Annual report of the Punjab Veterinary College and of the Civil Veterinary Department, Punjab - 1920-1925
Year: 1920
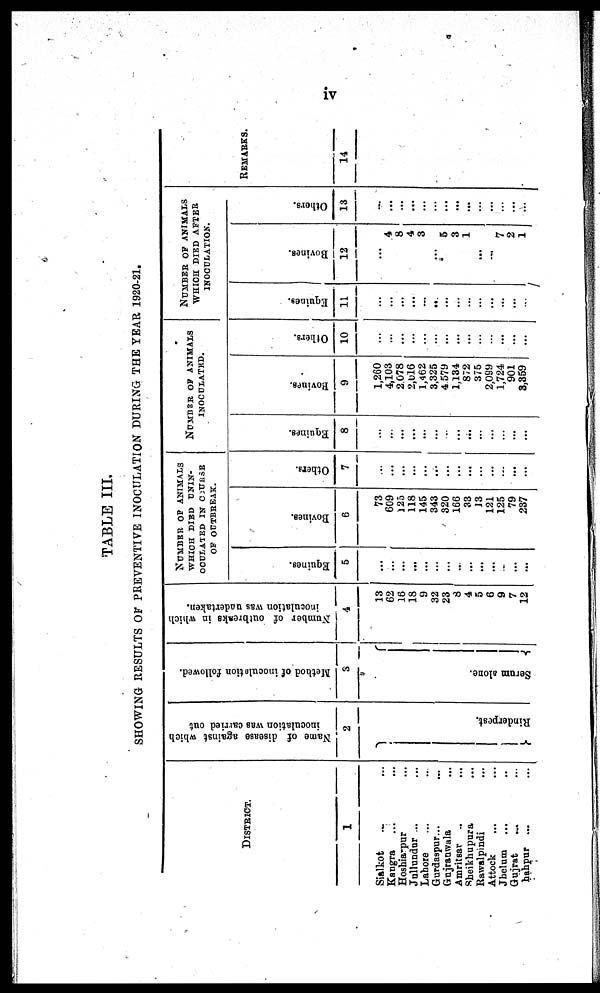
iv
TABLE III.
SHOWING RESULTS O F PREVENTIVE INOCULATION DURING T H E YEAR 1920-21.
DISTRICT.
1
Sialkot ... ...
Kangra ... ...
Hoshi arpur ... ...
Jul l undur ... ...
Lahore ... ...
Gurdaspur. . . ...
Gujranwal a ... ...
Amri tsar ... ...
Shei khupura ... ...
Rawal pi ndi
Attock ... ...
Jhel um ... ...
Gujrat ... ...
hahpur ...
...
Name of disease against which
inoculation was carried out
2
Rinderpest.
Method of inoculation followed.
3
Serum alone.
Number of outbreaks in which
inoculation was undertaken.
4
13
62
16
18
9
32
23
8
4
5
6
9
7
12
NUMBER OF ANI MALS
WHI CH DI ED UNIN-
OCULATED I N COURSE
O F OUTBREAK.
Equines.
5
...
...
...
...
...
...
...
...
...
...
...
...
...
...
Bovines.
6
73
609
125
118
145
343
320
166
33
13
121
125
79
237
Others.
7
...
...
...
...
...
...
...
...
...
...
...
...
...
...
NUMBER OF ANIMALS INOCULATED.
Equines.
8
...
...
...
...
...
...
...
...
...
...
...
...
...
...
Bovines.
9
1, 260
4, 103
2. 078
2, 016
1, 462
3. 325
4 579
1, 134
872
375
2, 099
1, 724
901
3, 359
Others.
10
...
...
...
...
...
...
...
...
...
...
...
...
...
...
NUMBER OF ANI MALS
WHI CH DI ED AFTER
I NOCULATI ON.
Equities.
11
...
...
...
...
...
...
...
...
...
...
...
...
...
...
Bovines.
12
...
4
8
4
3
... 5
3
1
...
... 7
2
1
Others.
13
...
...
...
...
...
...
...
...
...
...
...
...
REMARKS.
14